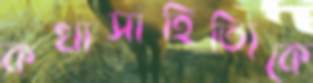
কথাসাহিত্যিকে